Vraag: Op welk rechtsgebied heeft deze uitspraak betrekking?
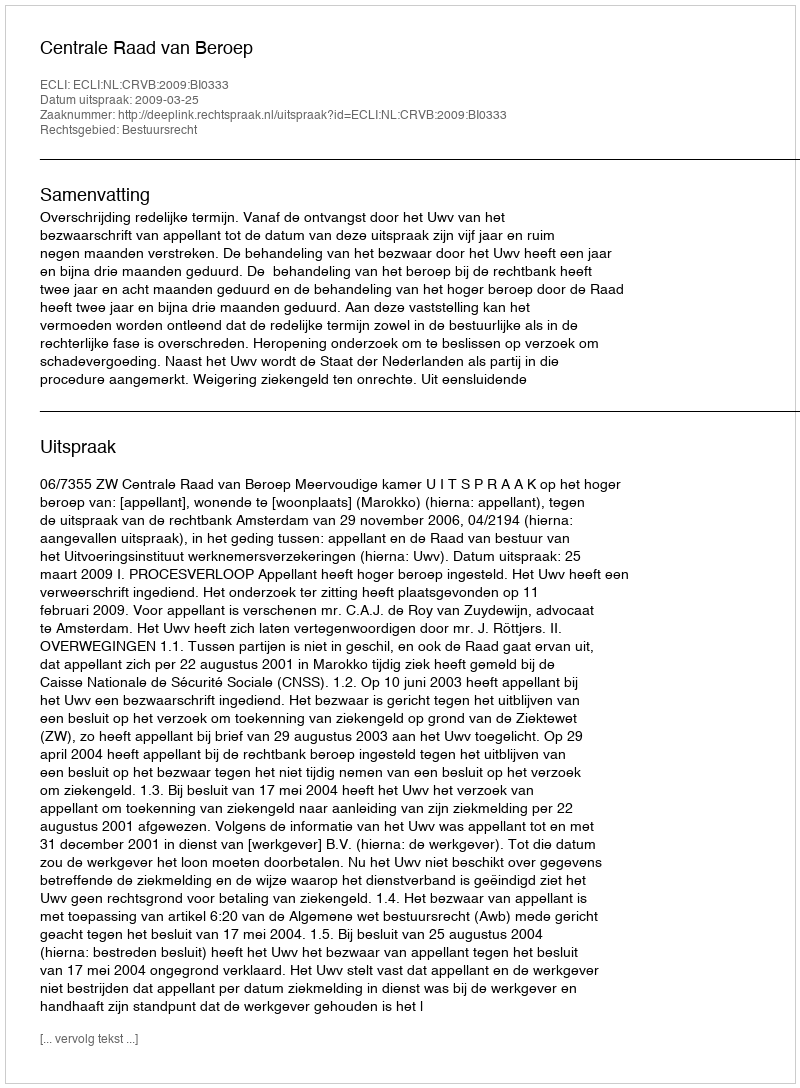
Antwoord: Bestuursrecht